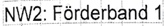
Text: NW2: Förderband 1